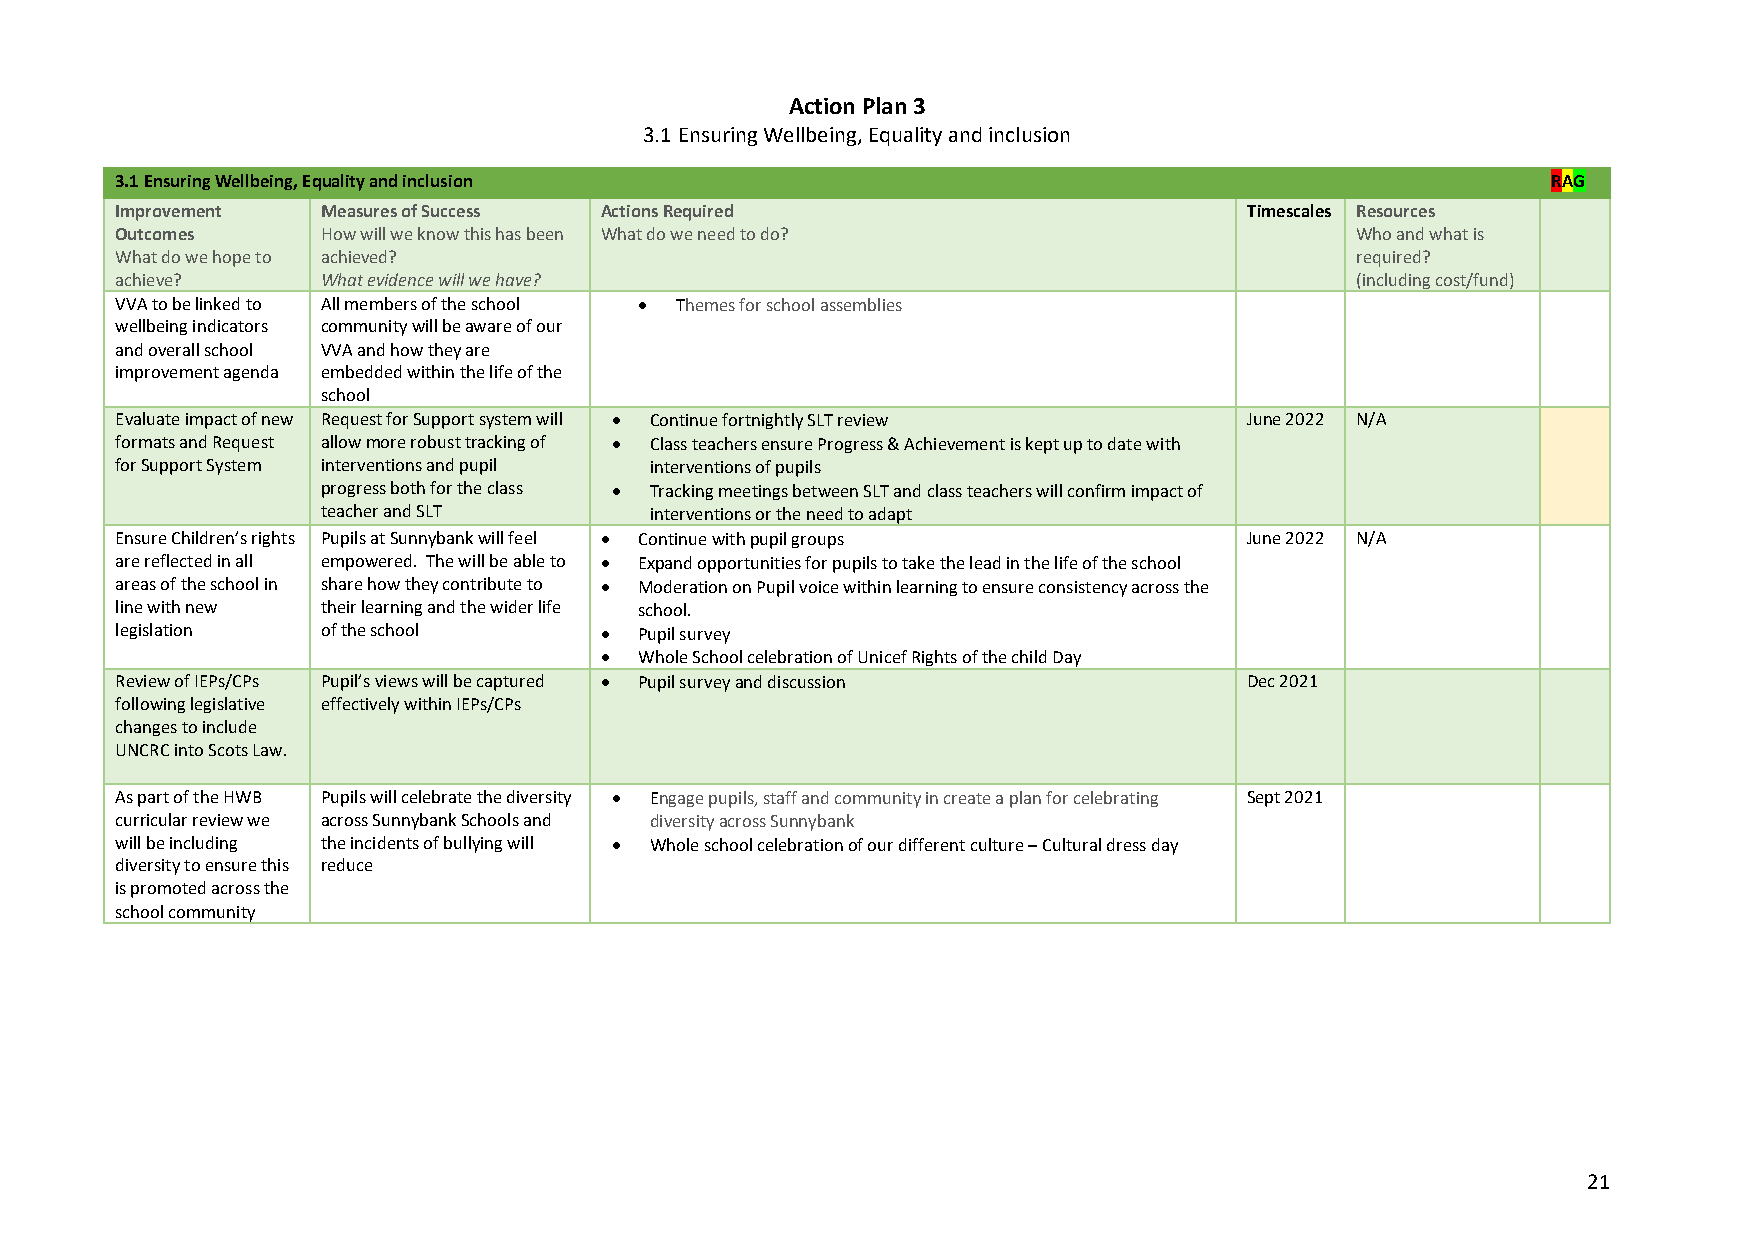
Action Plan 3
 3.1 Ensuring Wellbeing, Equality and inclusion
 3.1 Ensuring Wellbeing, Equality and inclusion                                                 RAG
 Improvement  Measures of Success Actions Required                          Timescales Resources
 Outcomes     How will we know this has been What do we need to do?                Who and what is
 What do we hope to achieved?                                                      required?
 achieve?     What evidence will we have?                                          (including cost/fund)
 VVA to be linked to All members of the school • Themes for school assemblies
 wellbeing indicators community will be aware of our
 and overall school VVA and how they are
 improvement agenda embedded within the life of the
 school
 Evaluate impact of new Request for Support system will • Continue fortnightly SLT review June 2022 N/A
 formats and Request allow more robust tracking of • Class teachers ensure Progress & Achievement is kept up to date with
 for Support System interventions and pupil interventions of pupils
 progress both for the class • Tracking meetings between SLT and class teachers will confirm impact of
 teacher and SLT       interventions or the need to adapt
 Ensure Children’s rights Pupils at Sunnybank will feel • Continue with pupil groups June 2022 N/A
 are reflected in all empowered. The will be able to • Expand opportunities for pupils to take the lead in the life of the school
 areas of the school in share how they contribute to • Moderation on Pupil voice within learning to ensure consistency across the
 line with new their learning and the wider life school.
 legislation  of the school      • Pupil survey
 • Whole School celebration of Unicef Rights of the child Day
 Review of IEPs/CPs Pupil’s views will be captured • Pupil survey and discussion Dec 2021
 following legislative effectively within IEPs/CPs
 changes to include
 UNCRC into Scots Law.
 As part of the HWB Pupils will celebrate the diversity • Engage pupils, staff and community in create a plan for celebrating Sept 2021
 curricular review we across Sunnybank Schools and diversity across Sunnybank
 will be including the incidents of bullying will • Whole school celebration of our different culture – Cultural dress day
 diversity to ensure this reduce
 is promoted across the
 school community
 21